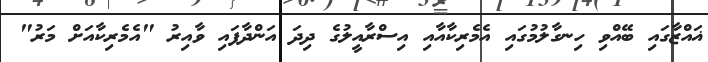
ޣައްޒާގައި ބޭއްވި ހިނގާލުމުގައި އެމެރިކާއާއި އިސްރާއީލުގެ ދިދަ އަންދާފައި ވާއިރު "އެމެރިކާއަށް މަރު"